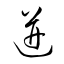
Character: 迸